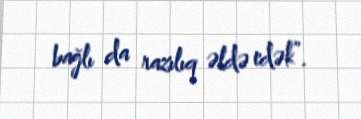
bağlı da razılıq əldə edək”.